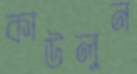
কাউলুন